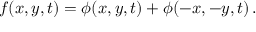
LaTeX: f ( x , y , t ) = \phi ( x , y , t ) + \phi ( - x , - y , t ) \, .